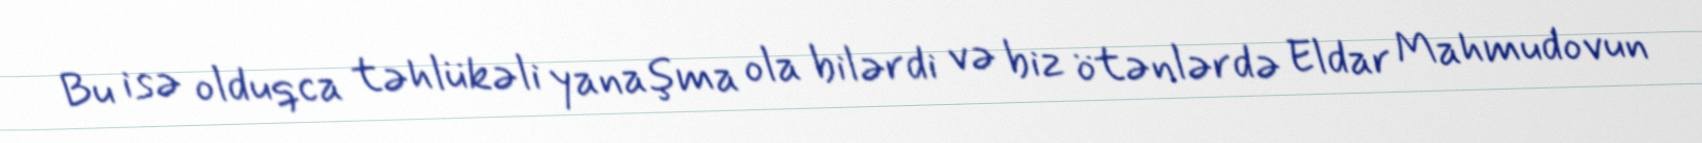
Bu isə olduqca təhlükəli yanaşma ola bilərdi və biz ötənlərdə Eldar Mahmudovun